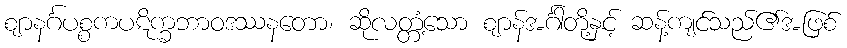
ဈာနင်္ဂပစ္စကပဋိက္ခဘာဝဒဿနတော၊ ဆိုလတ္တံ့သော ဈာန်အင်္ဂါတို့နှင့် ဆန့်ကျင်သည်၏အဖြစ်